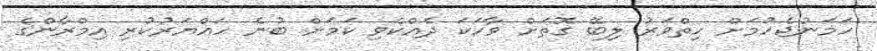
ހަމަނުޖެހުމަށް ހިތްވަރު ލިބޭ ގޮތަށް ވާހަކަ ދެއްކެވި ކަމަށް ބުނެ ހައްޔަރުކުރި އިމްރާންގެ